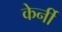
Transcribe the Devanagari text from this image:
केर्नी